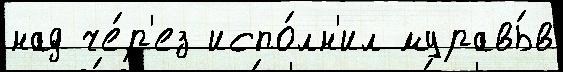
над че́р'ез испо́лн'ил муравь́в